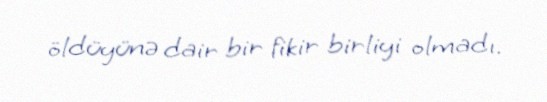
öldüyünə dair bir fikir birliyi olmadı.